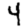
Digit: 4